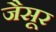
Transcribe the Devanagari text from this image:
जैसूर